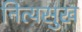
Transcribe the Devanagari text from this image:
नित्यसुख